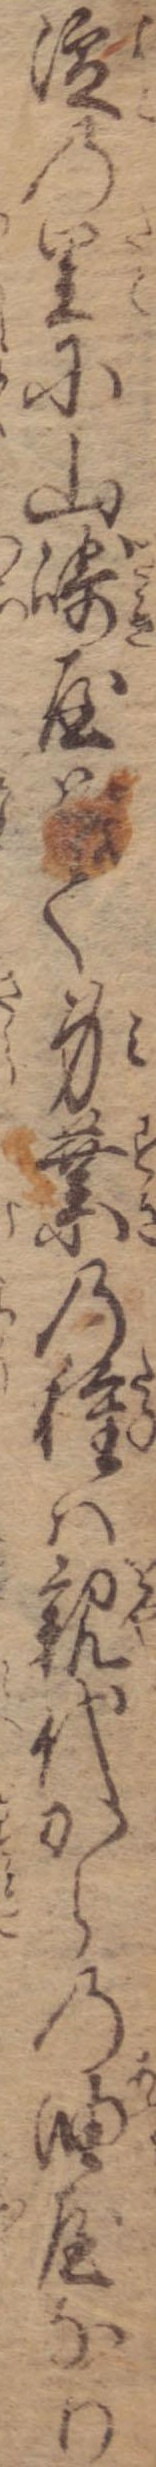
淀の里に山崎屋とて身業の種は親代からの油屋なり